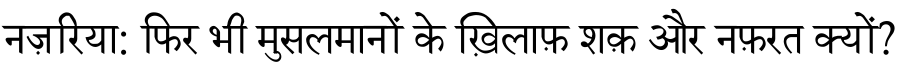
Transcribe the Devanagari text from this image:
नज़रिया: फिर भी मुसलमानों के ख़िलाफ़ शक़ और नफ़रत क्यों?